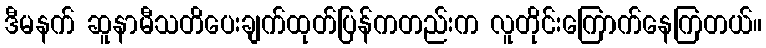
ဒီမနက် ဆူနာမီသတိပေးချက်ထုတ်ပြန်ကတည်းက လူတိုင်းကြောက်နေကြတယ်။